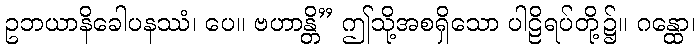
ဥဘယာနိခေါပနဿံ၊ ပေ။ ဗဟာန္တိ” ဤသို့အစရှိသော ပါဠိရပ်တို့၌။ ဂန္ထော၊